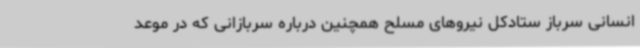
انسانی سرباز ستادکل نیروهای مسلح همچنین درباره سربازانی که در موعد